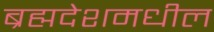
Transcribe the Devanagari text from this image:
ब्रह्मदेशमधील